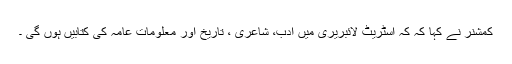
کمشنر نے کہا کہ کہ اسٹریٹ لائبریری میں ادب، شاعری ، تاریخ اور معلومات عامہ کی کتابیں ہوں گی ۔